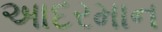
આદરમાન